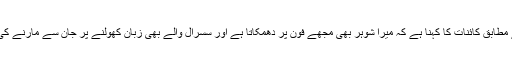
روزنامہ خبریں کے مطابق کائنات کا کہنا ہے کہ میرا شوہر بھی مجھے فون پر دھمکاتا ہے اور سسرال والے بھی زبان کھولنے پر جان سے مارنے کی دھمکیاں دیتے ہیں۔